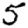
Digit: 5